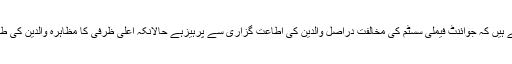
کچھ لوگ یہ سمجھتے ہیں کہ جوائنٹ فیملی سسٹم کی مخالفت دراصل والدین کی اطاعت گزاری سے پرہیزہے حالانکہ اعلیٰ ظرفی کا مظاہرہ والدین کی طرف سے ہونا چاہئے۔